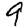
Digit: 9